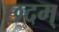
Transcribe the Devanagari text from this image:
छदम्